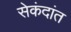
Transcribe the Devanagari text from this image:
सेकंदांत